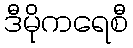
ဒီမိုကရေစီ